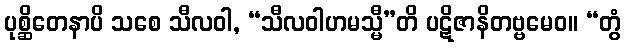
ပုစ္ဆိတေနာပိ သစေ သီလဝါ, “သီလဝါဟမသ္မီ”တိ ပဋိဇာနိတဗ္ဗမေဝ။ “တွံ